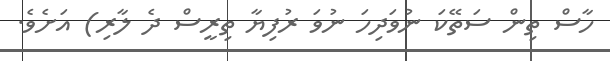
ހާސް ތިން ސަތޭކަ ނުވަދިހަ ނުވަ ރުފިޔާ ތިރީސް ދެ ލާރި) އަށެވެ.